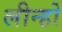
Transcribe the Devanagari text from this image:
लीन्‍हो